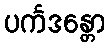
ပင်္ကဒန္တော